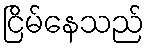
ငြိမ်နေသည်